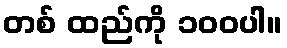
တစ် ထည်ကို ၁၀၀ပါ။